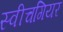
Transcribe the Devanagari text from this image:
स्वीचगियर